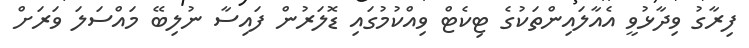
ފިރާގު ވިދާޅުވީ އެއާލައިންތަކުގެ ޓިކެޓް ވިއްކުމުގައި ޑޮލަރުން ފައިސާ ނުލިބޭ މައްސަލަ ވަރަށް